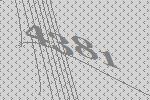
4381